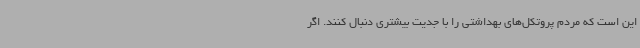
این است که مردم پروتکل‌های بهداشتی را با جدیت بیشتری دنبال کنند. اگر